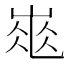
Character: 𡹽